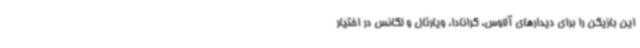
این بازیکن را برای دیدارهای آلاوس، گرانادا، ویارئال و لگانس در اختیار